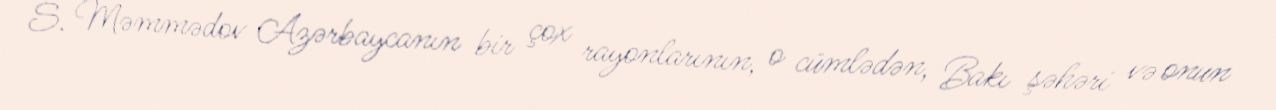
S. Məmmədov Azərbaycanın bir çox rayonlarının, o cümlədən, Bakı şəhəri və onun